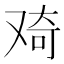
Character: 𠭑